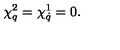
\chi _ { q } ^ { 2 } = \chi _ { \dot { q } } ^ { 1 } = 0 .